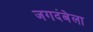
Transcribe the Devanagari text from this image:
जगदंबेला